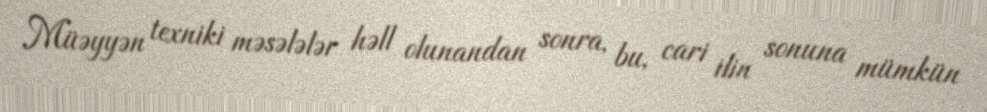
Müəyyən texniki məsələlər həll olunandan sonra, bu, cari ilin sonuna mümkün